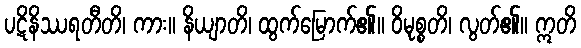
ပဋိနိဿရတီတိ၊ ကား။ နိယျာတိ၊ ထွက်မြောက်၏။ ဝိမုစ္စတိ၊ လွတ်၏။ ဣတိ